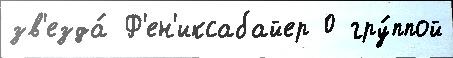
зв'езда́ Ф'ен'иксабайер 0 гру́ппой